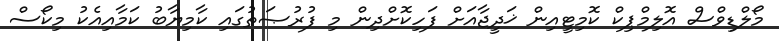
މޯލްޑިވްސް އޮލިމްޕިކް ކޮމިޓީއިން ޚަދީޖާއަށް ފަހިކޮށްދިން މި ފުރުޞަތުގައި ކާމިޔާބު ކަމާއިއެކު މިކޯސް